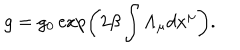
LaTeX: g = g _ { 0 } \exp \left( 2 \beta \int \Lambda _ { \mu } d x ^ { \mu } \right) .